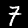
Digit: 7